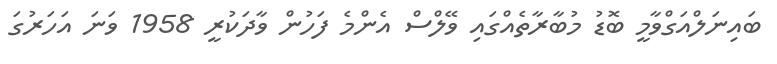
ބައިނަލްއަގްވާމީ ބޮޑު މުބާރާތެއްގައި ވޭލްސް އެންމެ ފަހުން ވާދަކުރީ 1958 ވަނަ އަހަރުގަ